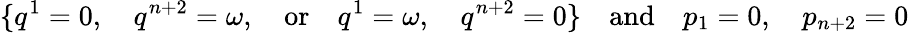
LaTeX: \{ q^{1}=0,\quad q^{n+2}=\omega,\quad\mathrm{or}\quad q^{1}=\omega,\quad q^{n+2}=0\} \quad\mathrm{and}\quad p_{1}=0,\quad p_{n+2}=0